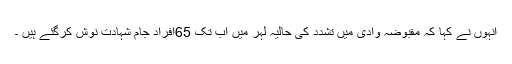
انہوں نے کہا کہ مقبوضہ وادی میں تشدد کی حالیہ لہر میں اب تک 65افراد جام شہادت نوش کرگئے ہیں ۔